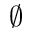
\varnothing